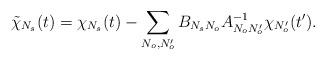
LaTeX: \begin{align*}\tilde\chi_{N_s}(t)=\chi_{N_s}(t)-\sum_{N_o,N_o'}B_{N_sN_o}A_{N_oN_o'}^{-1} \chi_{N_o'}(t').\end{align*}